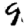
Digit: 9